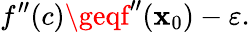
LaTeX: f^{\prime\prime}(c)\geqf^{\prime\prime}(\mathbf{x}_{0})-\varepsilon.